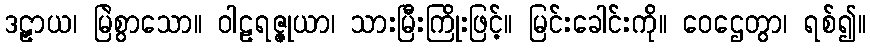
ဒဠှာယ၊ မြဲစွာသော။ ဝါဠရဇ္ဇုယာ၊ သားမြီးကြိုးဖြင့်။ မြင်းခေါင်းကို။ ဝေဌေတွာ၊ ရစ်၍။